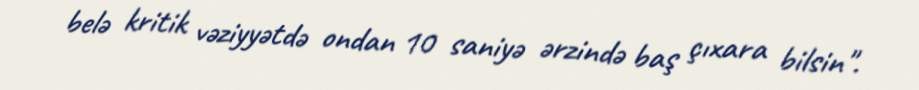
belə kritik vəziyyətdə ondan 10 saniyə ərzində baş çıxara bilsin".